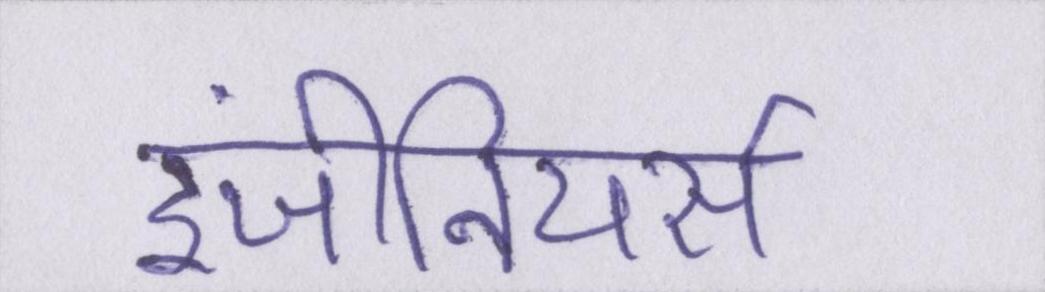
इंजीनियर्स